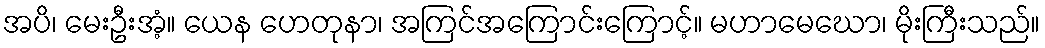
အပိ၊ မေးဦးအံ့။ ယေန ဟေတုနာ၊ အကြင်အကြောင်းကြောင့်။ မဟာမေဃော၊ မိုးကြီးသည်။